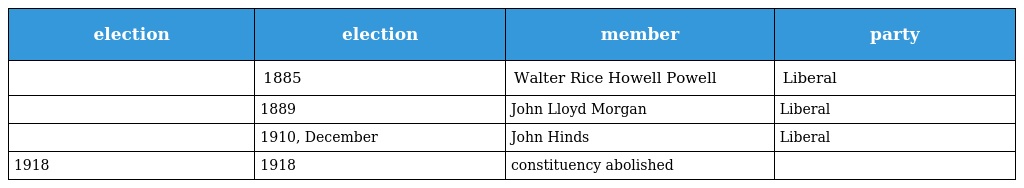
| election | election | member | party |
 | --- | --- | --- | --- |
 |  | 1885 | Walter Rice Howell Powell | Liberal |
 |  | 1889 | John Lloyd Morgan | Liberal |
 |  | 1910, December | John Hinds | Liberal |
 | 1918 | 1918 | constituency abolished |  |